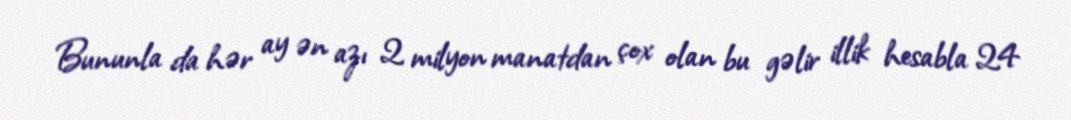
Bununla da hər ay ən azı 2 milyon manatdan çox olan bu gəlir illik hesabla 24